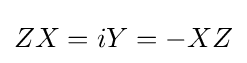
ZX=iY=-XZ